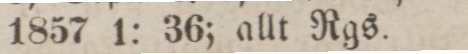
1857 1: 36; allt Rgs.